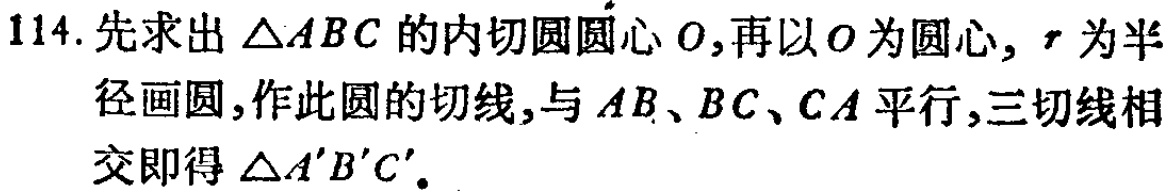
114. 先求出\(\triangle ABC\)的内切圆圆心\(O\),再以\(O\)为圆心, \(r\)为半径画圆,作此圆的切线,与\(AB\)、\(BC\)、\(CA\)平行,三切线相交即得\(\triangle A'B'C'\).